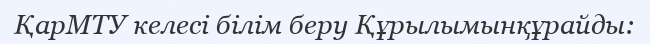
ҚарМТУ келесі білім беру Құрылымынқұрайды: